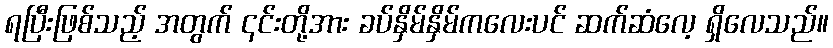
ရပြီးဖြစ်သည့် အတွက် ၎င်းတို့အား ခပ်နှိမ်နှိမ်ကလေးပင် ဆက်ဆံလေ့ ရှိလေသည်။